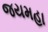
જયમહા